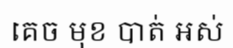
គេច មុខ បាត់ អស់